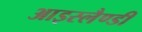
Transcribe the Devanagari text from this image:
आइस्लैण्डी